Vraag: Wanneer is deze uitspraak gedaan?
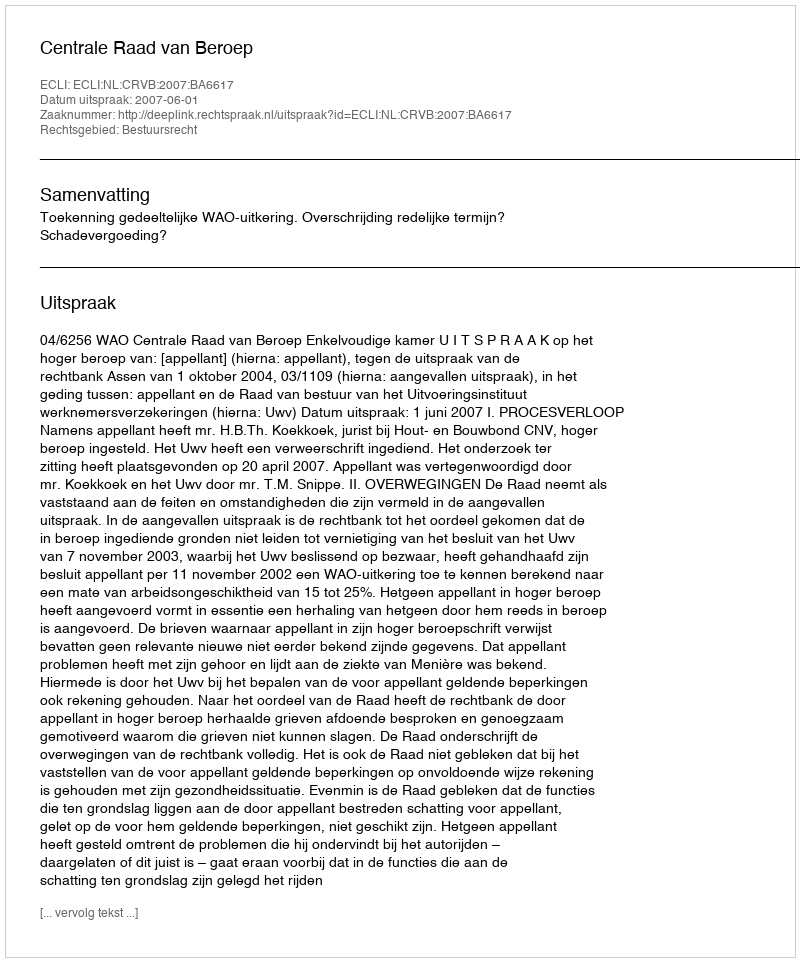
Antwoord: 2007-06-01